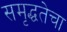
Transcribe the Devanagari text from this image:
समृद्धतेचा